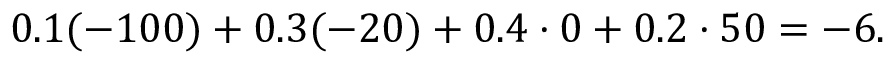
0 . 1 ( - 1 0 0 ) + 0 . 3 ( - 2 0 ) + 0 . 4 \cdot 0 + 0 . 2 \cdot 5 0 = - 6 .